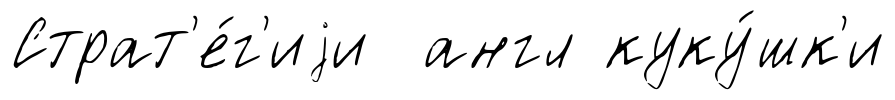
Страт'е́г'иjи англ куку́шк'и